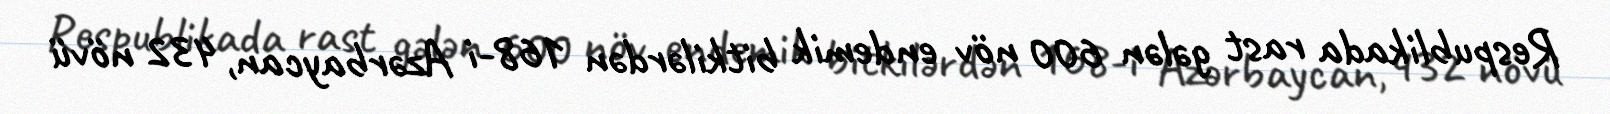
Respublikada rast gələn 600 növ endemik bitkilərdən 168-i Azərbaycan, 432 növü